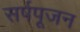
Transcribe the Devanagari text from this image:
सर्पपूजन